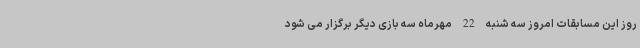
روز این مسابقات امروز سه شنبه 22 مهرماه سه بازی دیگر برگزار می شود